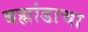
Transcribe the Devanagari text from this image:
बह्मांडाचा